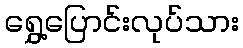
ရွှေ့ပြောင်းလုပ်သား